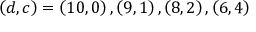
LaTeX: \left( d , c \right) = \left( 1 0 , 0 \right) , \left( 9 , 1 \right) , \left( 8 , 2 \right) , \left( 6 , 4 \right)